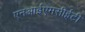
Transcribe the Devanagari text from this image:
एनआईएमसीईटी